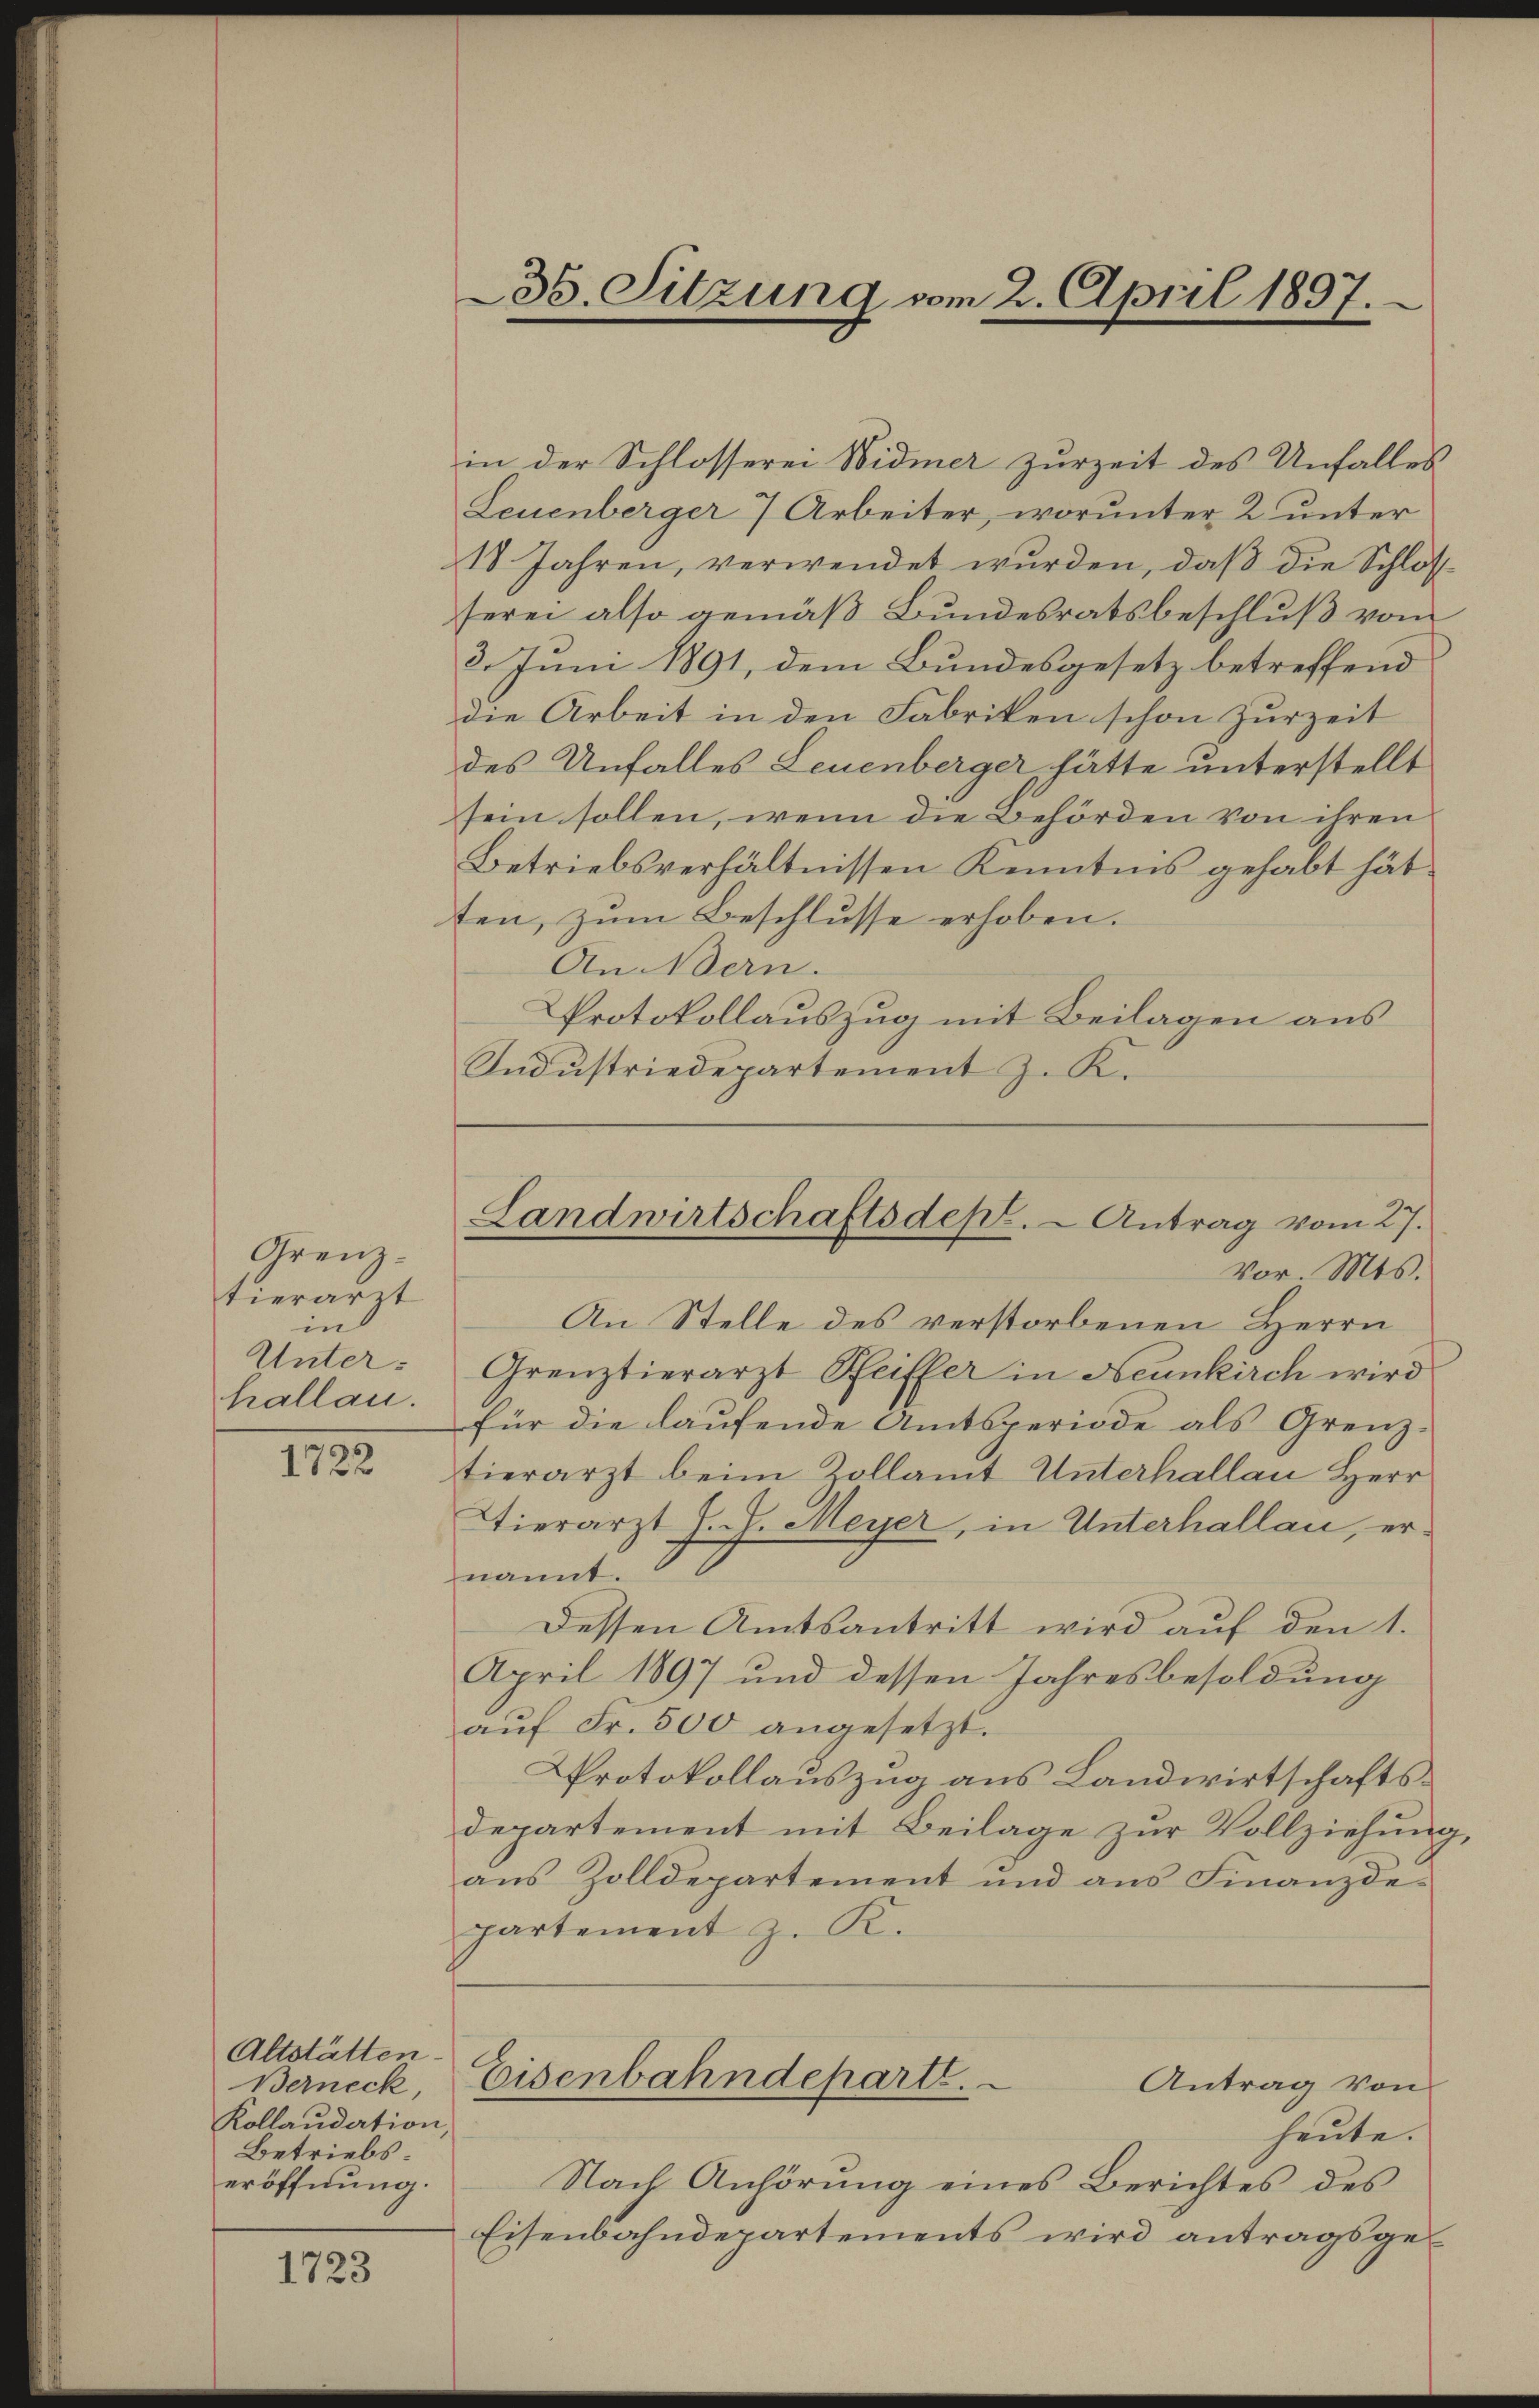
Grenztierarit
in
Unterkallau.

1722

Altstätten.
Berneck
Kollaudation,
Betriebs
eröffnung.

1723

in der Schlosserei Widmer zurzeit des Unfalles
Leuenberger 7 Arbeiter, worunter 2 unter
18 Jahren, verwendet wurden, daß die Schloss
serei also gemäß Bundesratsbeschluß von
2. Juni 1891, dem Bundesgesetz betreffend
die Arbeit in den Fabriken schon zurzeit
des Unfalles Leuenberger hätte unterstellt
sein sollen, wenn die Behörden von ihren
Betriebsverhältnissen Kenntnis gehabt hätten, zum Beschlusse erhoben.
An Bern.
Protokollauszug mit Beilagen aus
Industriedepartement J. K.

35. Sitzung vom 2. April 1807.

Landwirtschaftsdept. - Antrag vom 27.
Vor. Mts.

An Stelle des verstorbenen Herrn
Grenztierarzt Pfeiffer in Neunkirch wird
für die laufende Amtsperiode als Grenztierarzt beim Zollamt Unterhallau Herr
Tierarzt J. J. Meyer, in Unterhallau, er-
nannt.
Dessen Amtsantritt wird auf den 1.
April 1897 und dessen Jahresbesoldung
aŭf Fr. 500 angesetzt.
Protokollauszug aus Landwirtschaftsdepartement mit Beilage zur Vollziehung,
aus Zolldepartement und aus Finanzdepartement z. K.
Eisenbahndeparte.
Antrag von
heute.
Nach Anhörung eines Berichtes des
Eisenbahndepartements wird antragsge¬